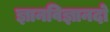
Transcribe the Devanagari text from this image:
ज्ञानविज्ञानदो